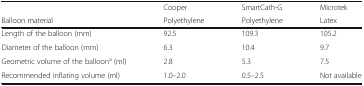
<table><thead><tr><td></td><td><b>Cooper</b></td><td><b>SmartCath-G</b></td><td><b>Microtek</b></td></tr><tr><td><b>Balloon material</b></td><td><b>Polyethylene</b></td><td><b>Polyethylene</b></td><td><b>Latex</b></td></tr></thead><tbody><tr><td>Length of the balloon (mm)</td><td>92.5</td><td>109.3</td><td>105.2</td></tr><tr><td>Diameter of the balloon (mm)</td><td>6.3</td><td>10.4</td><td>9.7</td></tr><tr><td>Geometric volume of the balloon<sup>a</sup> (ml)</td><td>2.8</td><td>5.3</td><td>7.5</td></tr><tr><td>Recommended inflating volume (ml)</td><td>1.0–2.0</td><td>0.5–2.5</td><td>Not available</td></tr></tbody></table>